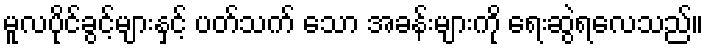
မူလပိုင်ခွင့်များနှင့် ပတ်သက် သော အခန်းများကို ရေးဆွဲရလေသည်။